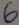
Text: 6